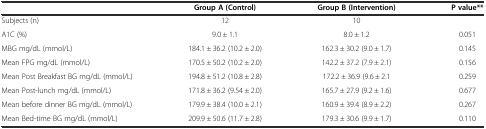
<table><thead><tr><td></td><td><b>Group A (Control)</b></td><td><b>Group B (Intervention)</b></td><td><b>P value**</b></td></tr></thead><tbody><tr><td>Subjects (n)</td><td>12</td><td>10</td><td></td></tr><tr><td>A1C (%)</td><td>9.0 ± 1.1</td><td>8.0 ± 1.2</td><td>0.051</td></tr><tr><td>MBG mg/dL (mmol/L)</td><td>184.1 ± 36.2 (10.2 ± 2.0)</td><td>162.3 ± 30.2 (9.0 ± 1.7)</td><td>0.145</td></tr><tr><td>Mean FPG mg/dL (mmol/L)</td><td>170.5 ± 50.2 (10.2 ± 2.0)</td><td>142.2 ± 37.2 (7.9 ± 2.1)</td><td>0.156</td></tr><tr><td>Mean Post Breakfast BG mg/dL (mmol/L)</td><td>194.8 ± 51.2 (10.8 ± 2.8)</td><td>172.2 ± 36.9 (9.6 ± 2.1</td><td>0.259</td></tr><tr><td>Mean Post-lunch mg/dL (mmol/L)</td><td>171.8 ± 36.2 (9.54 ± 2.0)</td><td>165.7 ± 27.9 (9.2 ± 1.6)</td><td>0.677</td></tr><tr><td>Mean before dinner BG mg/dL (mmol/L)</td><td>179.9 ± 38.4 (10.0 ± 2.1)</td><td>160.9 ± 39.4 (8.9 ± 2.2)</td><td>0.267</td></tr><tr><td>Mean Bed-time BG mg/dL (mmol/L)</td><td>209.9 ± 50.6 (11.7 ± 2.8)</td><td>179.3 ± 30.6 (9.9 ± 1.7)</td><td>0.110</td></tr></tbody></table>